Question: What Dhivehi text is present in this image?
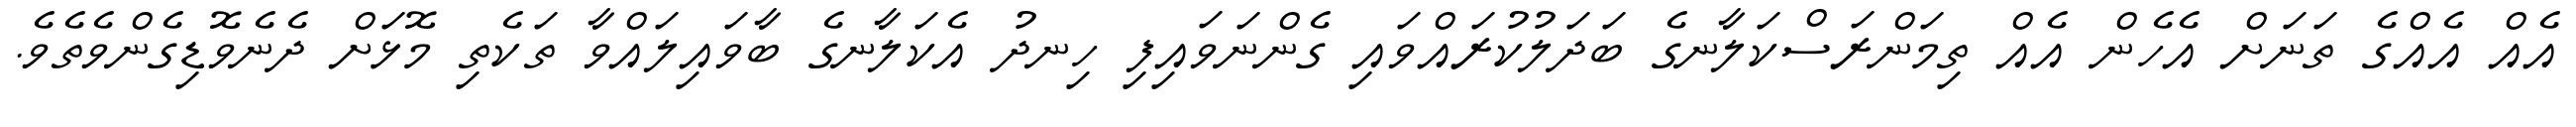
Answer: އެއް އެއްގެ ތަނަށް އެހެން އެއް ތިމަންރަސްކަލާނގެ ބަދަލުކުރައްވައި ގެންނަވައިފި ހިނދު އެކަލާނގެ ބާވައިލައްވާ ތަކެތި މޮޅަށް ދެނެވޮޑިގެންވެތެވެ.